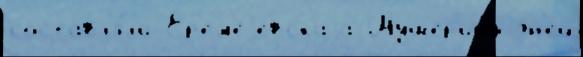
составл'я́л'и Ер'ем'еjевскаjа Шушер'ино дн'ей